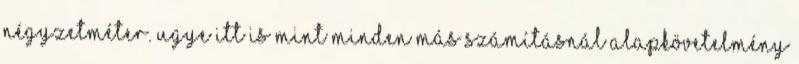
négyzetméter. Ugye itt is mint minden más számításnál alapkövetelmény